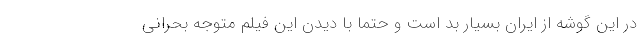
در این گوشه از ایران بسیار بد است و حتما با دیدن این فیلم متوجه بحرانی